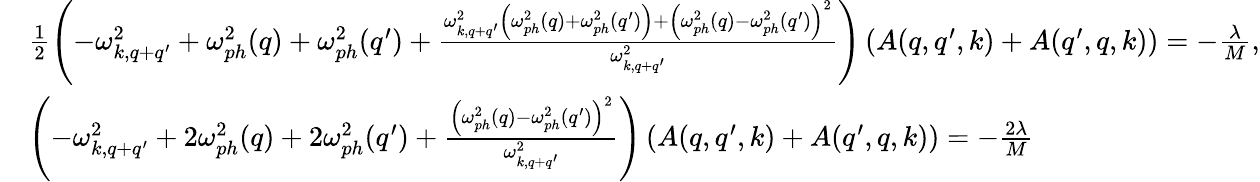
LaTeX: \begin{array}{rl}&{\frac{1}{2}\left(-\omega_{k,q+q^{\prime}}^{2}+\omega_{ph}^{2}(q)+\omega_{ph}^{2}(q^{\prime})+\frac{\omega_{k,q+q^{\prime}}^{2}\left(\omega_{ph}^{2}(q)+\omega_{ph}^{2}(q^{\prime})\right)+\left(\omega_{ph}^{2}(q)-\omega_{ph}^{2}(q^{\prime})\right)^{2}}{\omega_{k,q+q^{\prime}}^{2}}\right)\left(A(q,q^{\prime},k)+A(q^{\prime},q,k)\right)=-\frac{\lambda}{M},}\\ &{\left(-\omega_{k,q+q^{\prime}}^{2}+2\omega_{ph}^{2}(q)+2\omega_{ph}^{2}(q^{\prime})+\frac{\left(\omega_{ph}^{2}(q)-\omega_{ph}^{2}(q^{\prime})\right)^{2}}{\omega_{k,q+q^{\prime}}^{2}}\right)\left(A(q,q^{\prime},k)+A(q^{\prime},q,k)\right)=-\frac{2\lambda}{M}}\end{array}